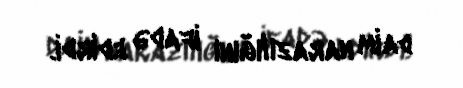
daim narazılığını ifadə edirdi.